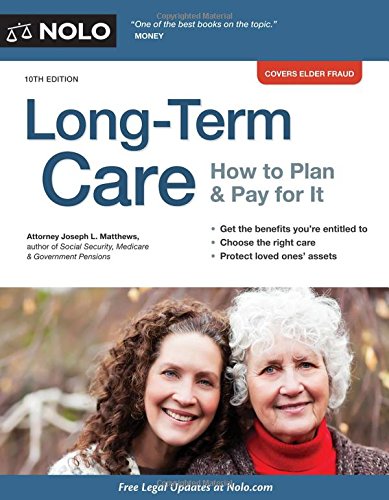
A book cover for Long-Term Care: How to Plan & Pay for It; Joseph Matthews Attorney; Parenting & Relationships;